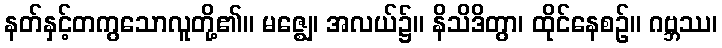
နတ်နှင့်တကွသောလူတို့၏။ မဇ္ဈေ၊ အလယ်၌။ နိသိဒိတွာ၊ ထိုင်နေစဉ်။ ဂဗ္ဘဿ၊